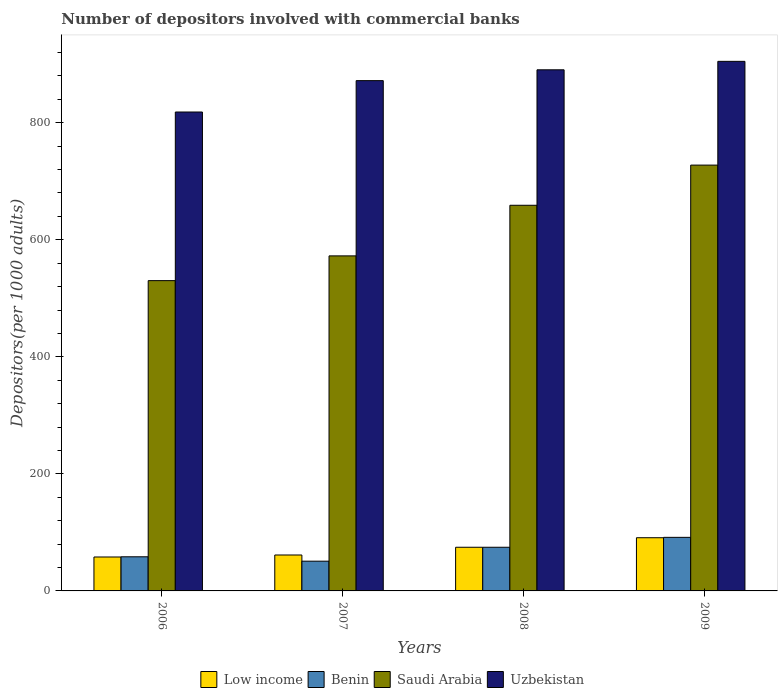
| Years | Low income | Benin | Saudi Arabia | Uzbekistan |
 | --- | --- | --- | --- | --- |
 | 2006 | 58 | 58.3 | 530 | 818 |
 | 2007 | 61.4 | 50.8 | 573 | 872 |
 | 2008 | 74.6 | 74.6 | 659 | 891 |
 | 2009 | 90.9 | 91.5 | 728 | 905 |